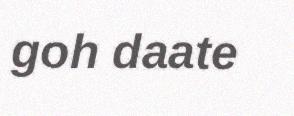
goh daate